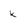
Character: K